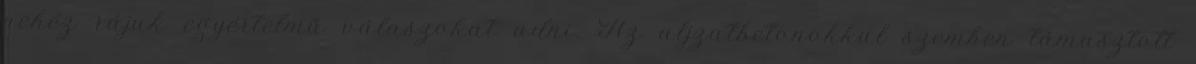
nehéz rájuk egyértelmű válaszokat adni. Az aljzatbetonokkal szemben támasztott